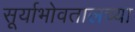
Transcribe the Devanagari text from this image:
सूर्याभोवतालच्या